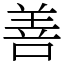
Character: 善